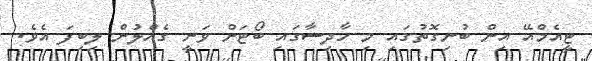
ޓީއެމްއޭ އިން ބުނިގޮތުގައި މި ހާދިސާގައި ބޯޓަށް ވަނީ ގެއްލުން ލިބިފަ އެވެ.